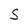
Character: S